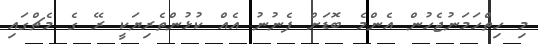
މި ހިތްހަމަނުޖެހުން އެންމެ ބޮޑަށް ފެނުނު އެއް ކުޅުންތެރިޔަކީ ރޭ ގެ މެޗްގައި